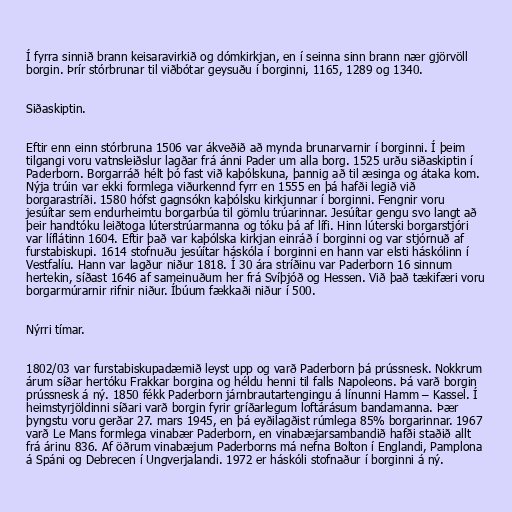
Í fyrra sinnið brann keisaravirkið og dómkirkjan, en í seinna sinn brann nær gjörvöll
borgin. Þrír stórbrunar til viðbótar geysuðu í borginni, 1165, 1289 og 1340.

Siðaskiptin.

Eftir enn einn stórbruna 1506 var ákveðið að mynda brunarvarnir í borginni. Í þeim
tilgangi voru vatnsleiðslur lagðar frá ánni Pader um alla borg. 1525 urðu siðaskiptin í
Paderborn. Borgarráð hélt þó fast við kaþólskuna, þannig að til æsinga og átaka kom.
Nýja trúin var ekki formlega viðurkennd fyrr en 1555 en þá hafði legið við
borgarastríði. 1580 hófst gagnsókn kaþólsku kirkjunnar í borginni. Fengnir voru
jesúítar sem endurheimtu borgarbúa til gömlu trúarinnar. Jesúítar gengu svo langt að
þeir handtóku leiðtoga lúterstrúarmanna og tóku þá af lífi. Hinn lúterski borgarstjóri
var líflátinn 1604. Eftir það var kaþólska kirkjan einráð í borginni og var stjórnuð af
furstabiskupi. 1614 stofnuðu jesúítar háskóla í borginni en hann var elsti háskólinn í
Vestfalíu. Hann var lagður niður 1818. Í 30 ára stríðinu var Paderborn 16 sinnum
hertekin, síðast 1646 af sameinuðum her frá Svíþjóð og Hessen. Við það tækifæri voru
borgarmúrarnir rifnir niður. Íbúum fækkaði niður í 500.

Nýrri tímar.

1802/03 var furstabiskupadæmið leyst upp og varð Paderborn þá prússnesk. Nokkrum
árum síðar hertóku Frakkar borgina og héldu henni til falls Napoleons. Þá varð borgin
prússnesk á ný. 1850 fékk Paderborn járnbrautartengingu á línunni Hamm – Kassel. Í
heimstyrjöldinni síðari varð borgin fyrir gríðarlegum loftárásum bandamanna. Þær
þyngstu voru gerðar 27. mars 1945, en þá eyðilagðist rúmlega 85% borgarinnar. 1967
varð Le Mans formlega vinabær Paderborn, en vinabæjarsambandið hafði staðið allt
frá árinu 836. Af öðrum vinabæjum Paderborns má nefna Bolton í Englandi, Pamplona
á Spáni og Debrecen í Ungverjalandi. 1972 er háskóli stofnaður í borginni á ný.